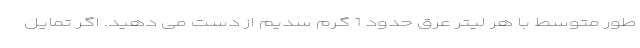
طور متوسط با هر لیتر عرق حدود 1 گرم سدیم از دست می دهید. اگر تمایل